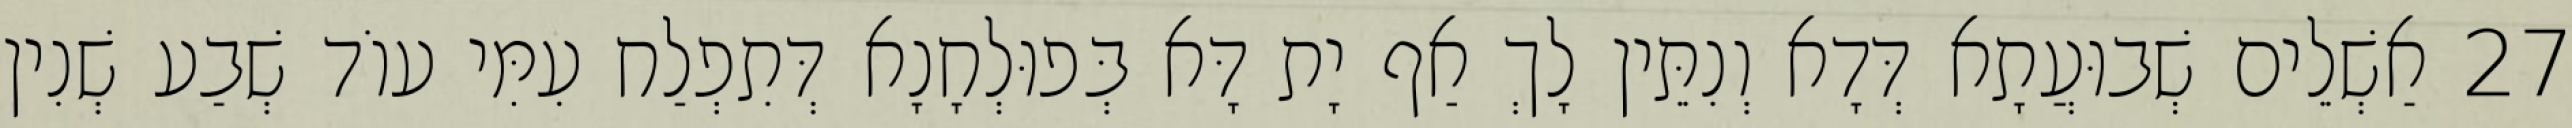
27 אַשְׁלֵים שְׁבוּעֲתָא דְּדָא וְנִתֵּין לָךְ אַף יָת דָּא בְּפוּלְחָנָא דְּתִפְלַח עִמִּי עוֹד שְׁבַע שְׁנִין